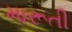
મારૂતી